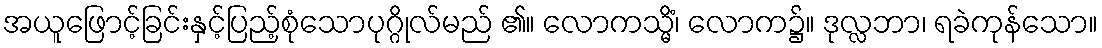
အယူဖြောင့်ခြင်းနှင့်ပြည့်စုံသောပုဂ္ဂိုလ်မည် ၏။ လောကသ္မိံ၊ လောက၌။ ဒုလ္လဘာ၊ ရခဲကုန်သော။